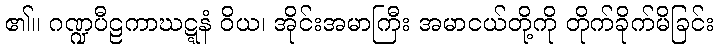
၏။ ဂဏ္ဍပီဠကာဃဋ္ဋနံ ဝိယ၊ အိုင်းအမာကြီး အမာငယ်တို့ကို တိုက်ခိုက်မိခြင်း